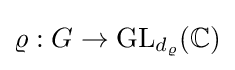
\varrho :G\to \mathrm {GL} _{d_{\varrho }}(\mathbb {C} )